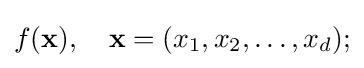
f(\mathbf {x} ),\quad \mathbf {x} =(x_{1},x_{2},\dots ,x_{d});